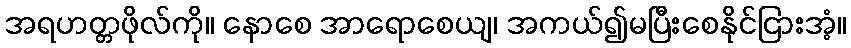
အရဟတ္တဖိုလ်ကို။ နောစေ အာရောစေယျ၊ အကယ်၍မပြီးစေနိုင်ငြားအံ့။